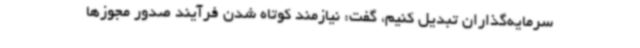
سرمایه‌گذاران تبدیل کنیم، گفت: نیازمند کوتاه شدن فرآیند صدور مجوزها